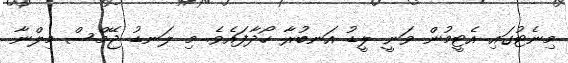
މިނެޓުގައި އެޓީމުން ވަނީ ލީޑު އަނބުރާ ހޯދާފައެވެ. މި ލަނޑު ޖޭމްސް މިލްނާ